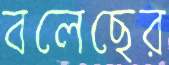
বলেছের